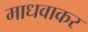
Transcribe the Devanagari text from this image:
माधवाकर